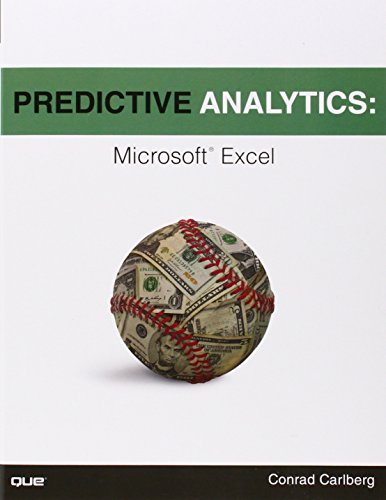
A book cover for Predictive Analytics: Microsoft Excel; Conrad Carlberg; Computers & Technology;